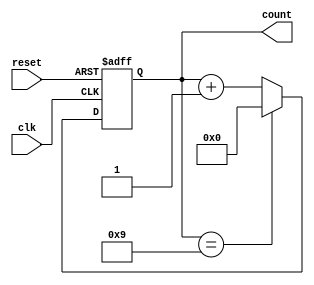
module decade_counter (
    input wire clk,          // Clock input
    input wire reset,        // Asynchronous reset input
    output reg [3:0] count   // 4-bit output for the current count
);

// Asynchronous reset and counting logic
always @(posedge clk or posedge reset) begin
    if (reset) begin
        count <= 4'b0000;   // Reset count to 0
    end else begin
        if (count == 4'b1001) begin
            count <= 4'b0000; // Reset to 0 after reaching 9
        end else begin
            count <= count + 1; // Increment count
        end
    end
end

endmodule